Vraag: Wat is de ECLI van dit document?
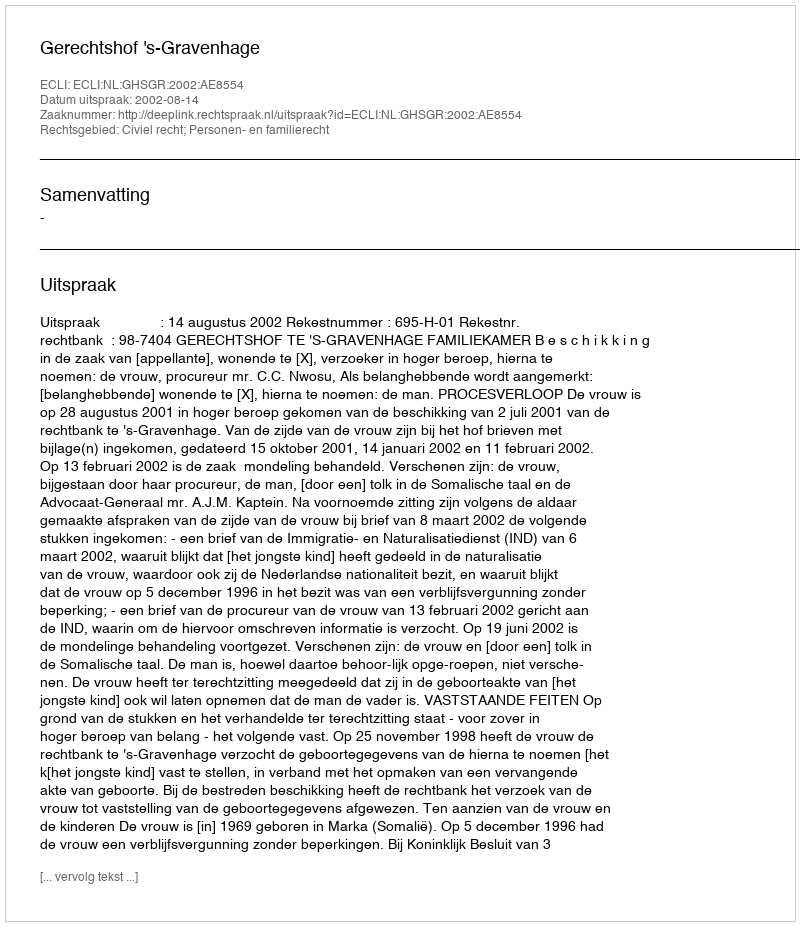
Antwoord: ECLI:NL:GHSGR:2002:AE8554